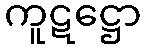
ကူဋဋ္ဌော